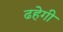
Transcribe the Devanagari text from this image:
ढहेगी